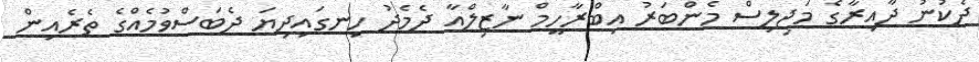
ދެކުނު ދާއިރާގެ މަޖިލިސް މެންބަރު އިބްރާހީމް ނާޒިލްއާ ދެމެދު ހިނގައިދިޔަ ދެބަސްވުމެއްގެ ތެރެއިން